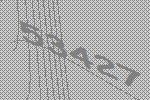
53427